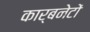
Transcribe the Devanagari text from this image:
कार्बनेटों